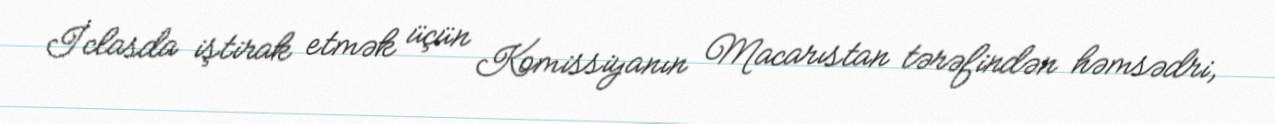
İclasda iştirak etmək üçün Komissiyanın Macarıstan tərəfindən həmsədri,